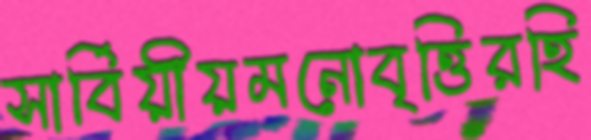
সার্বিয়ীয়মনোবৃত্তিরহি